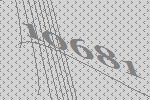
10681